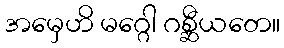
အမှေဟိ မဂ္ဂေါ ဂစ္ဆီယတေ။